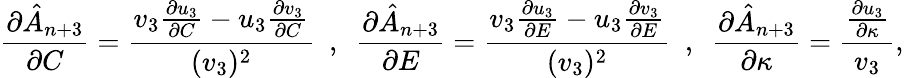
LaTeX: \frac{\partial\hat{A}_{n+3}}{\partial C}=\frac{v_{3}\frac{\partial u_{3}}{\partial C}-u_{3}\frac{\partial v_{3}}{\partial C}}{(v_{3})^{2}}~~,~~\frac{\partial\hat{A}_{n+3}}{\partial E}=\frac{v_{3}\frac{\partial u_{3}}{\partial E}-u_{3}\frac{\partial v_{3}}{\partial E}}{(v_{3})^{2}}~~,~~\frac{\partial\hat{A}_{n+3}}{\partial\kappa}=\frac{\frac{\partial u_{3}}{\partial\kappa}}{v_{3}},